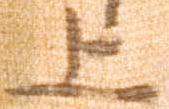
上